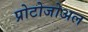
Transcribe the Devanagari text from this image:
प्रोटोजोअल